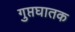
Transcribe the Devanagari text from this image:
गुप्तघातक